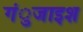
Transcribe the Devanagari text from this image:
गंुजाइश